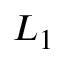
L _ { 1 }